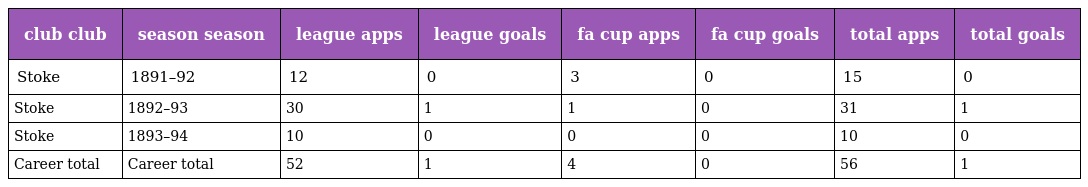
| club club | season season | league apps | league goals | fa cup apps | fa cup goals | total apps | total goals |
 | --- | --- | --- | --- | --- | --- | --- | --- |
 | Stoke | 1891–92 | 12 | 0 | 3 | 0 | 15 | 0 |
 | Stoke | 1892–93 | 30 | 1 | 1 | 0 | 31 | 1 |
 | Stoke | 1893–94 | 10 | 0 | 0 | 0 | 10 | 0 |
 | Career total | Career total | 52 | 1 | 4 | 0 | 56 | 1 |